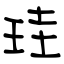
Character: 珪